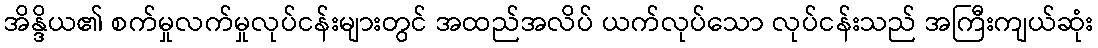
အိန္ဒိယ၏ စက်မှုလက်မှုလုပ်ငန်းများတွင် အထည်အလိပ် ယက်လုပ်သော လုပ်ငန်းသည် အကြီးကျယ်ဆုံး